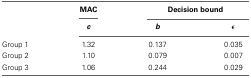
<table><thead><tr><td></td><td><b>MAC</b></td><td colspan="2"><b>Decision bound</b></td></tr><tr><td></td><td><b><i>c</i></b></td><td><b><i>b</i></b></td><td><b>ε</b></td></tr></thead><tbody><tr><td>Group 1</td><td>1.32</td><td>0.137</td><td>0.035</td></tr><tr><td>Group 2</td><td>1.10</td><td>0.079</td><td>0.007</td></tr><tr><td>Group 3</td><td>1.06</td><td>0.244</td><td>0.029</td></tr></tbody></table>